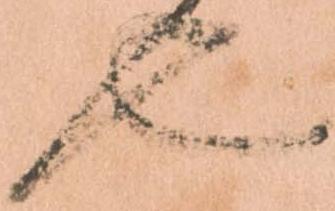
也